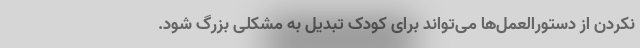
نکردن از دستورالعمل‌ها می‌تواند برای کودک تبدیل به مشکلی بزرگ شود.